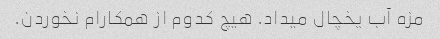
مزه آب یخچال میداد. هیچ کدوم از همکارام نخوردن.